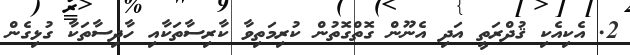
2. އެކިއެކި ޤުދްރަތީ އަދި އެނޫން ގޮތްގޮތުން ކުރިމަތިވާ ކާރިސާތަކާއި ހާދިސާތަކާ ގުޅިގެން